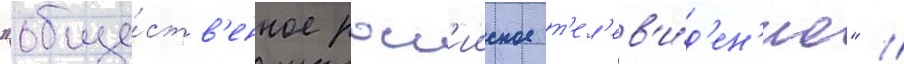
"обще́ств'енное росс'ииское т'ел'ев'и́д'ен'ие" //